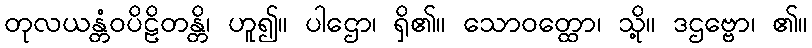
တုလယန္တံဝပိဠိတန္တိ၊ ဟူ၍။ ပါဌော၊ ရှိ၏။ သောဝတ္ထော၊ သို့။ ဒဌဗ္ဗော၊ ၏။